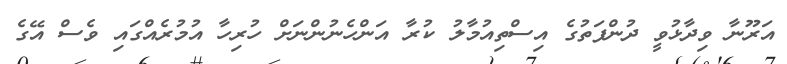
އަރޫނާ ވިދާޅުވީ ދުންފަތުގެ އިސްތިއުމާލު ކުރާ އަންހެނުންނަށް ހުރިހާ އުމުރެއްގައި ވެސް އޭގެ